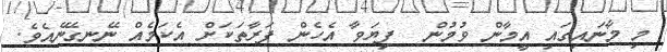
މި މާނައިގައި އީމާން ވުމުން  ފިޔަވާ އެހެން ފަރާތަކަށް އެކަމެއް ނޭނގޭނެއެވެ.